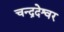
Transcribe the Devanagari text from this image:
चन्द्रदेश्वर